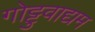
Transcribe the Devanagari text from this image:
गोट्टुवाद्यम